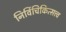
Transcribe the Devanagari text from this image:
निर्विचिकित्सत्त्व